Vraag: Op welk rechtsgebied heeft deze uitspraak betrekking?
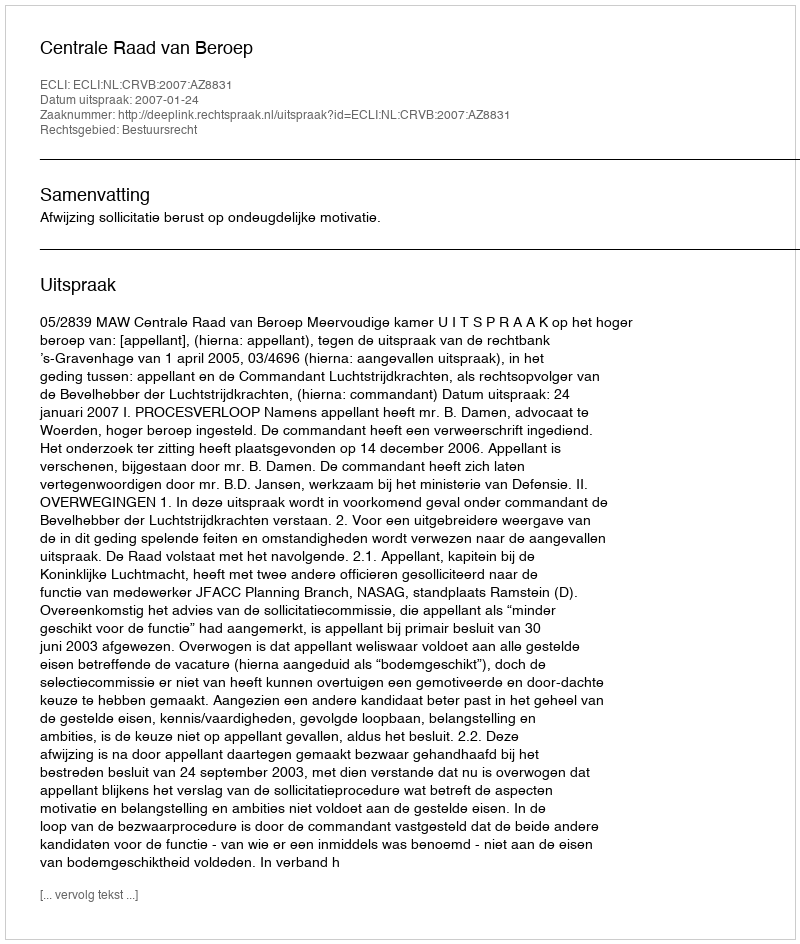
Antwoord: Bestuursrecht